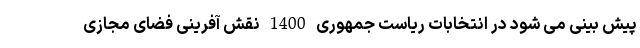
پیش بینی می شود در انتخابات ریاست جمهوری 1400 نقش آفرینی فضای مجازی